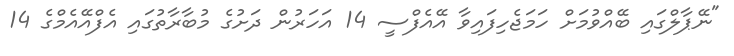
"ނޭޕާލްގައި ބޭއްވުމަށް ހަމަޖެހިފައިވާ އޭއެފްސީ 14 އަހަރުން ދަށުގެ މުބާރާތުގައި އެފްއޭއެމްގެ 14